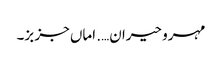
مہرو حیران…. اماں جز بز۔